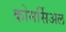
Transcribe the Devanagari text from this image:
कोमर्सिअल